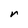
Character: r